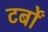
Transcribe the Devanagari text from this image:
टर्बों